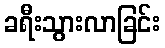
ခရီးသွားလာခြင်း